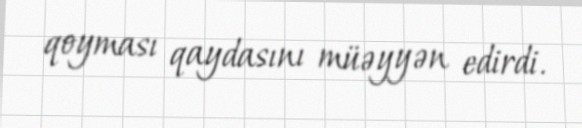
qoyması qaydasını müəyyən edirdi.